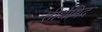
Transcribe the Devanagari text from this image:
तीर्थमिदं